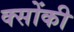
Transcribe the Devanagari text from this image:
क्सोंकी